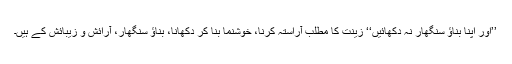
’’اور اپنا بناؤ سنگھار نہ دکھائیں‘‘ زینت کا مطلب آراستہ کرنا، خوشنما بنا کر دکھانا، بناؤ سنگھار، آرائش و زیبائش کے ہیں۔